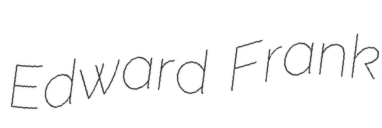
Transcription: Edward Frank